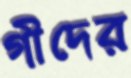
গীদের